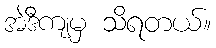
အဲဒီကျမှ သိရတယ်။